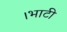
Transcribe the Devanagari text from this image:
।भाटी